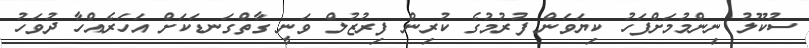
ސުކޫލު ނިންމުމަށްފަހު ކިޔަވަން ފުރުމުގެ ކުރިން ފިރުޒުލް ވަނީ ގާތްގަނޑަކަށް އަހަރެއްހާ ދުވަހު